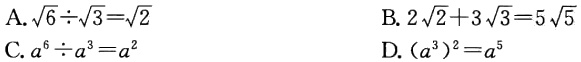
A.$\sqrt{6}\div\sqrt{3}=\sqrt{2}$
B.$2\sqrt{2}+3\sqrt{3}=5\sqrt{5}$
C.$a^{6}\div a^{3}=a^{2}$
D.$(a^{3})^{2}=a^{5}$